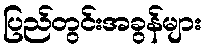
ပြည်တွင်းအခွန်များ